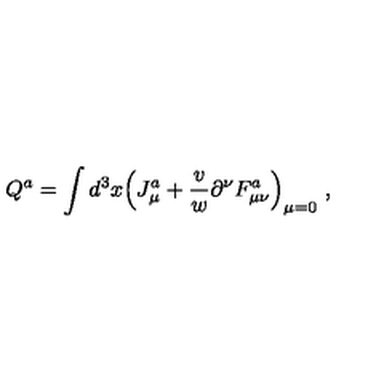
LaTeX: Q ^ { a } = \int d ^ { 3 } x \Bigl ( J _ { \mu } ^ { a } + { \frac { v } { w } } \partial ^ { \nu } F _ { \mu \nu } ^ { a } \Bigr ) _ { \mu = 0 } \ ,